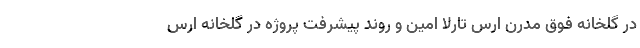
در گلخانه فوق مدرن ارس تارلا امین و روند پیشرفت پروژه در گلخانه ارس